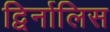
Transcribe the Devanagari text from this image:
द्विर्नालिस